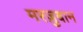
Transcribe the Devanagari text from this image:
मरज़ुबान